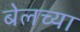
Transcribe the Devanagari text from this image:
बेलच्या